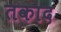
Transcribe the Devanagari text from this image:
तकाद